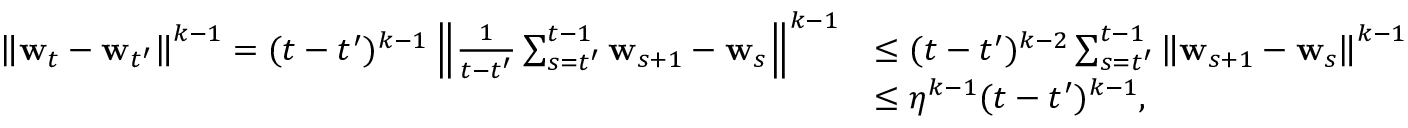
\begin{array} { r l } { \left\lVert \mathbf { w } _ { t } - \mathbf { w } _ { t ^ { \prime } } \right\rVert ^ { k - 1 } = ( t - t ^ { \prime } ) ^ { k - 1 } \left\lVert \frac { 1 } { t - t ^ { \prime } } \sum _ { s = t ^ { \prime } } ^ { t - 1 } \mathbf { w } _ { s + 1 } - \mathbf { w } _ { s } \right\rVert ^ { k - 1 } } & { \leq ( t - t ^ { \prime } ) ^ { k - 2 } \sum _ { s = t ^ { \prime } } ^ { t - 1 } \left\lVert \mathbf { w } _ { s + 1 } - \mathbf { w } _ { s } \right\rVert ^ { k - 1 } } \\ & { \leq \eta ^ { k - 1 } ( t - t ^ { \prime } ) ^ { k - 1 } , } \end{array}